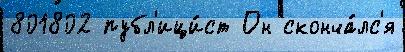
801802 публ'ици́ст Он сконча́лс'я